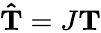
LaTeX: \mathbf{\hat{T}}=J\mathbf{T}